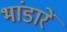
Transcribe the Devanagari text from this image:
भांडारें